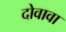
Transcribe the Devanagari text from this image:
दोवावा